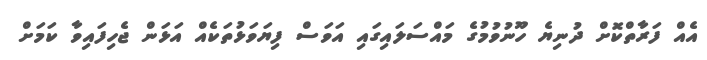
އެއް ފަރާތްކޮށް ދުނިޔެ ހޫނުވުމުގެ މައްސަލައިގައި އަވަސް ފިޔަވަޅުތަކެއް އަޅަން ޖެހިފައިވާ ކަމަށް